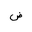
Letter: _dad